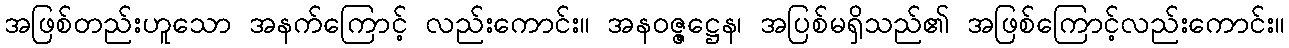
အဖြစ်တည်းဟူသော အနက်ကြောင့် လည်းကောင်း။ အနဝဇ္ဇဋ္ဌေန၊ အပြစ်မရှိသည်၏ အဖြစ်ကြောင့်လည်းကောင်း။